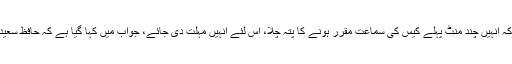
محکمہ داخلہ پنجاب کی جانب سے جواب داخل کراتے ہوئے سرکاری وکیل نے عدالت کو بتایا کہ انہیں چند منٹ پہلے کیس کی سماعت مقرر ہونے کا پتہ چلا، اس لئے انہیں مہلت دی جائے، جواب میں کہا گیا ہے کہ حافظ سعید، ظفر اقبال ملک، عبدالرحمان، کاشف حسین اور عبداللہ کو قانون کے مطابق نظربند کیا گیا ہے۔